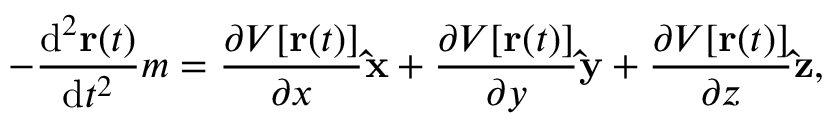
- { \frac { \mathrm { d } ^ { 2 } \mathbf { r } ( t ) } { \mathrm { d } t ^ { 2 } } } m = { \frac { \partial V [ \mathbf { r } ( t ) ] } { \partial x } } \mathbf { \hat { x } } + { \frac { \partial V [ \mathbf { r } ( t ) ] } { \partial y } } \mathbf { \hat { y } } + { \frac { \partial V [ \mathbf { r } ( t ) ] } { \partial z } } \mathbf { \hat { z } } ,